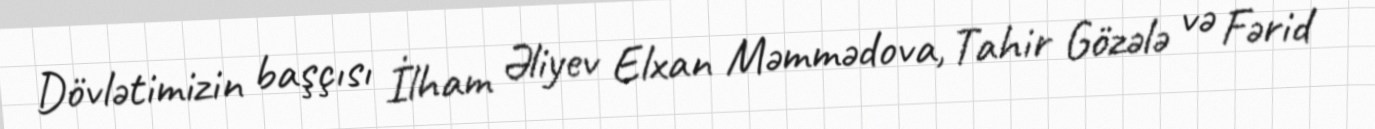
Dövlətimizin başçısı İlham Əliyev Elxan Məmmədova, Tahir Gözələ və Fərid